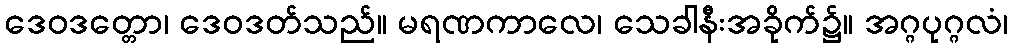
ဒေဝဒတ္တော၊ ဒေဝဒတ်သည်။ မရဏကာလေ၊ သေခါနီးအခိုက်၌။ အဂ္ဂပုဂ္ဂလံ၊